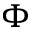
\Phi